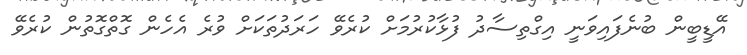
އޭޑީބީން ބުނެފައިވަނީ އިގްތިސާދު ފުޅާކުރުމަށް ކުރެވޭ ހަރަދުތަކަށް ވުރެ އެހެން ގޮތްގޮތުން ކުރެވޭ